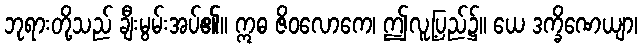
ဘုရားတို့သည် ချီးမွမ်းအပ်၏။ ဣဓ ဇိဝလောကေ၊ ဤလူ့ပြည်၌။ ယေ ဒက္ခိဏေယျာ၊